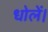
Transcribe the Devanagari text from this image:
धोलें।